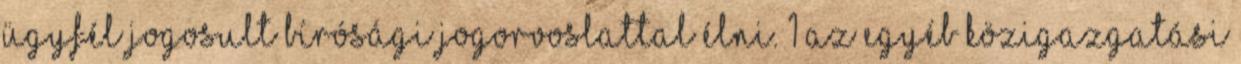
ügyfél jogosult bírósági jogorvoslattal élni. 1 Az egyéb közigazgatási